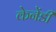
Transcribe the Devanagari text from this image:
केनेंडी